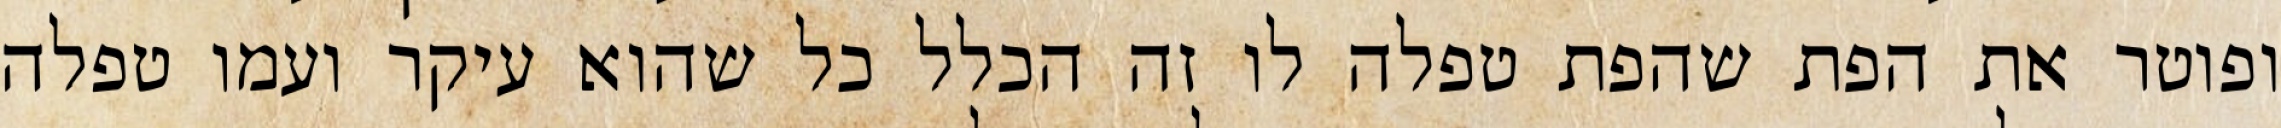
ופוטר את הפת שהפת טפלה לו זה הכלל כל שהוא עיקר ועמו טפלה